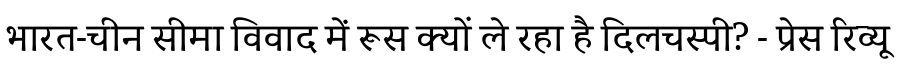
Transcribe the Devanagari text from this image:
भारत-चीन सीमा विवाद में रूस क्यों ले रहा है दिलचस्पी? - प्रेस रिव्यू